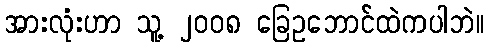
အားလုံးဟာ သူ့ ၂၀၀၈ ခြေဥဘောင်ထဲကပါဘဲ။